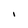
Character: I